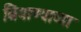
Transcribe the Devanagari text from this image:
बियाण्याच्या